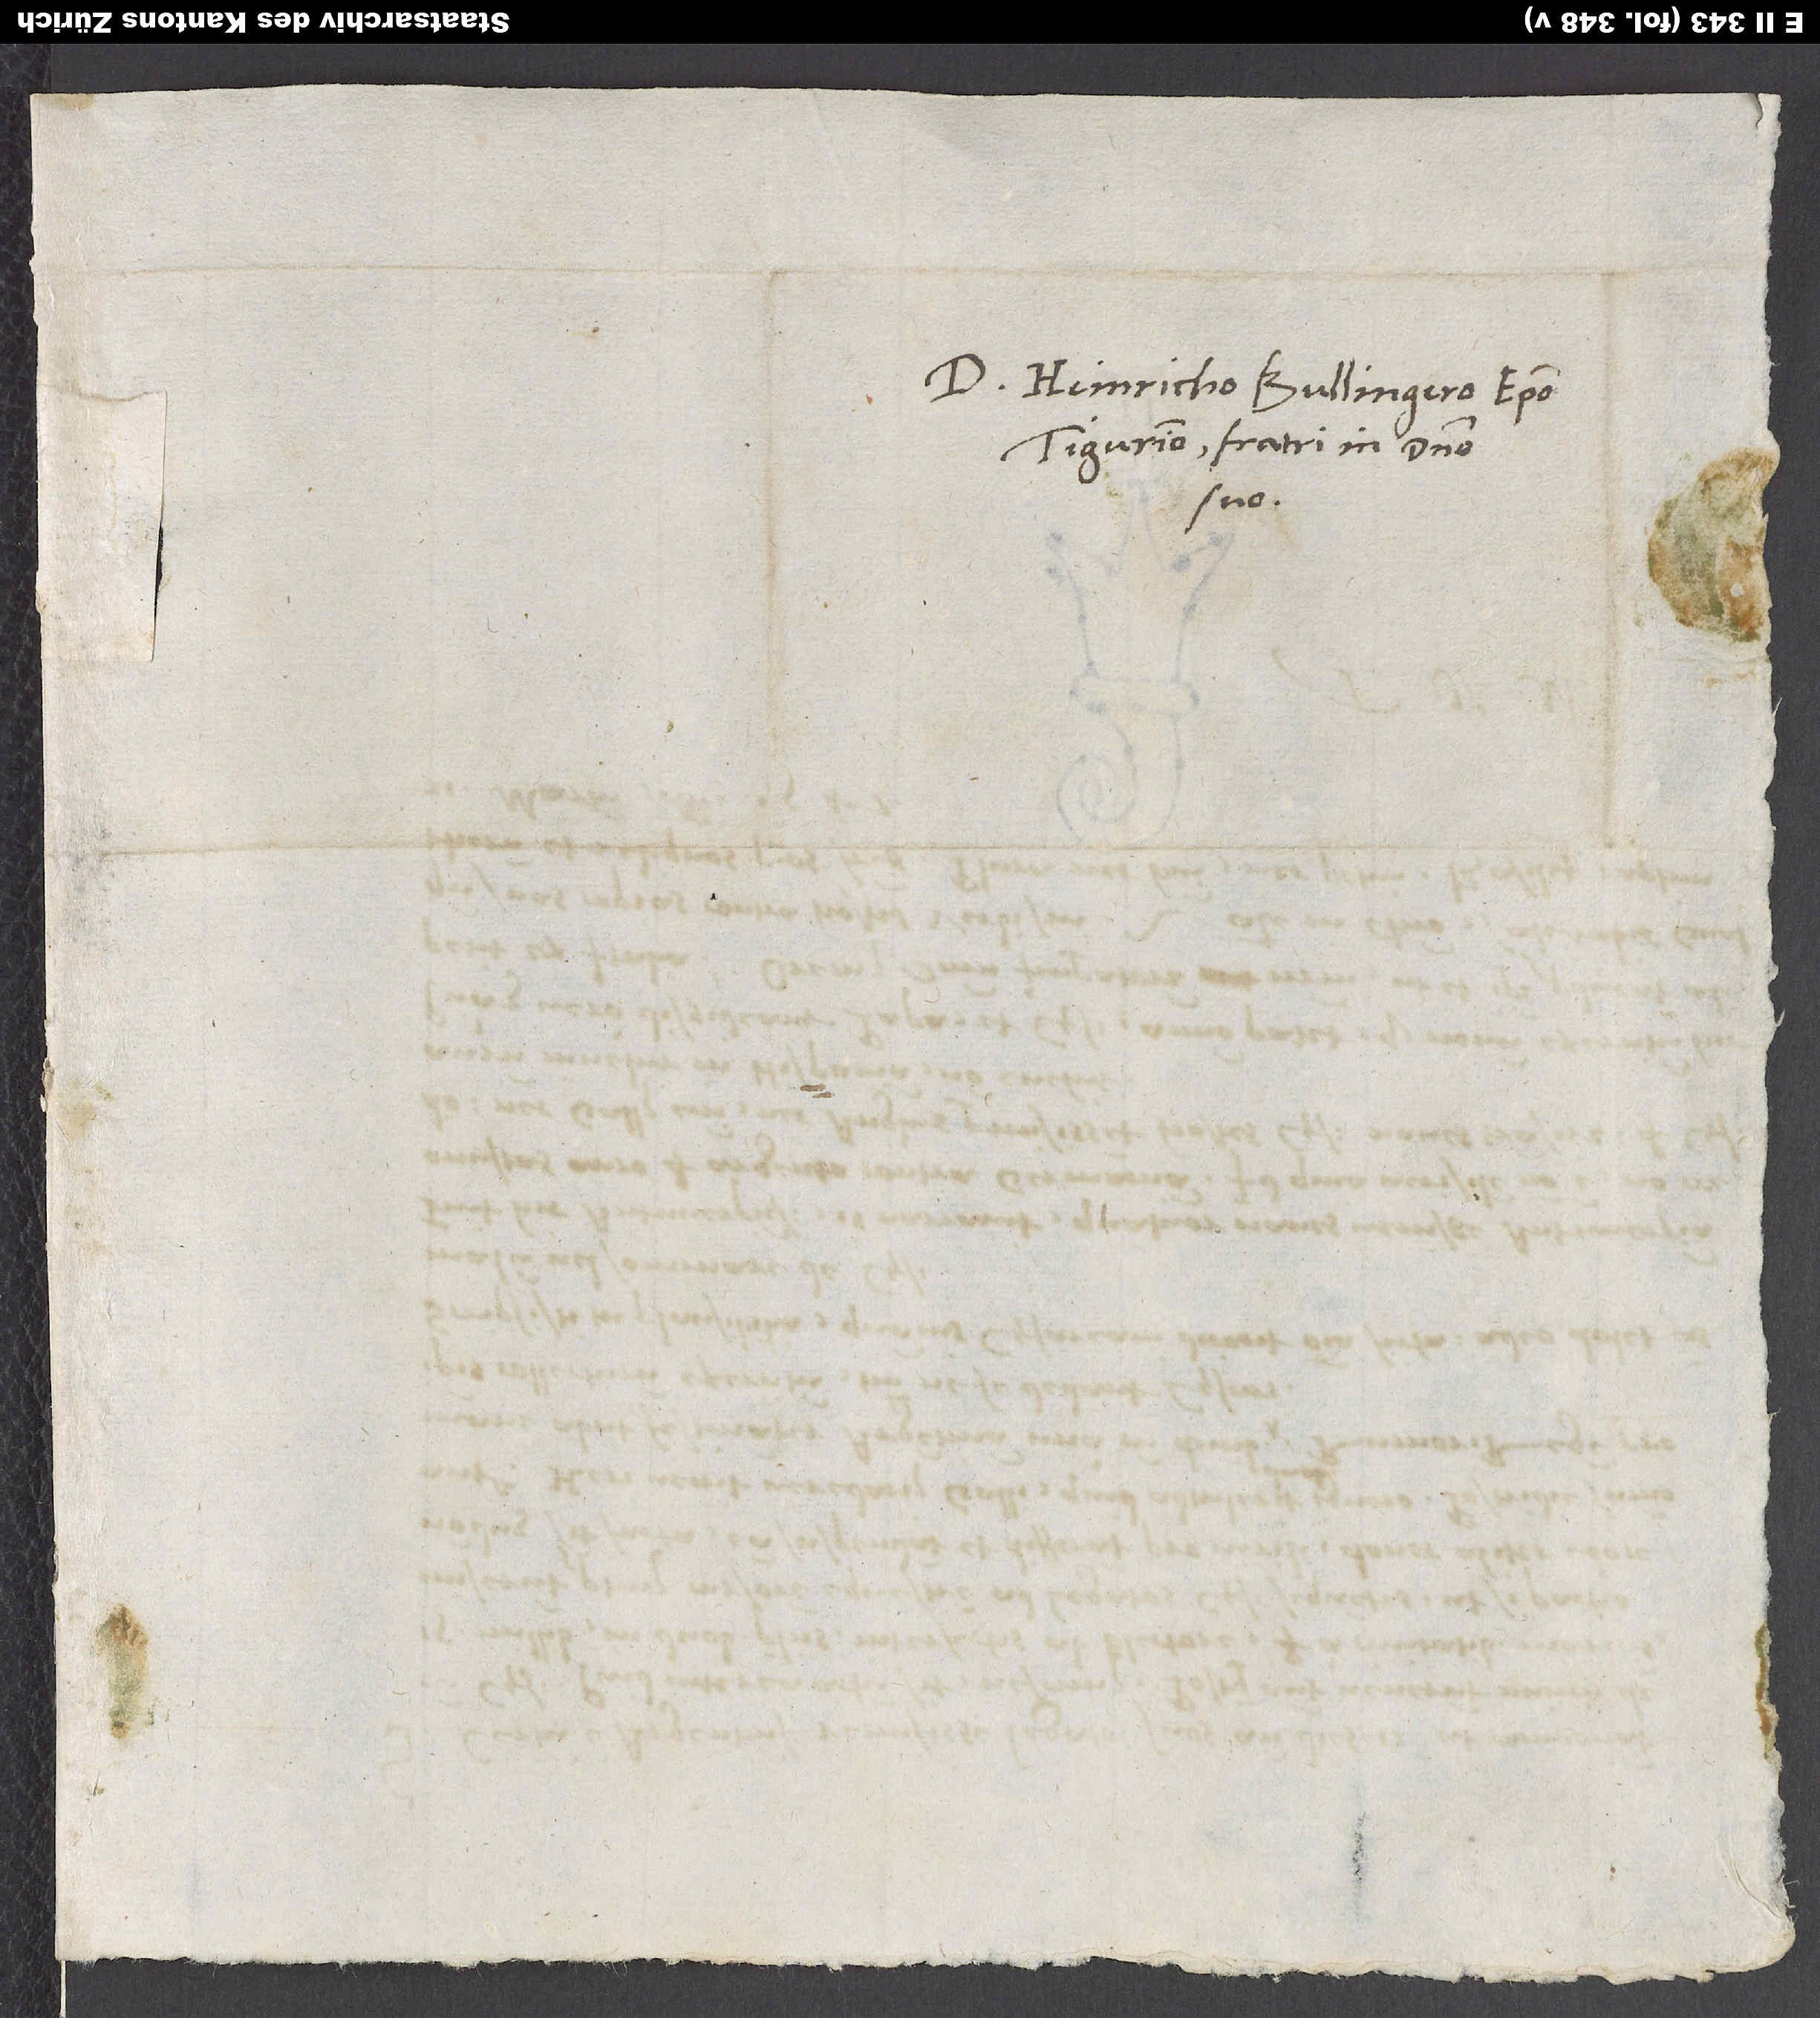
D. Heinricho Bullingero, episcopo
Tigurino, fratri in domino
suo.